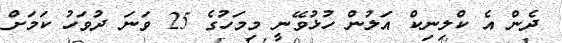
ދެން އެ ކްލިނިކް އަލުން ހުޅުވޭނީ މިމަހުގެ 25 ވަނަ ދުވަހު ކަމަށް